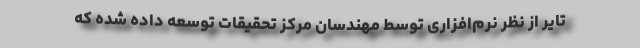
تایر از نظر نرم‌افزاری توسط مهندسان مرکز تحقیقات توسعه داده شده که